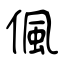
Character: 偑